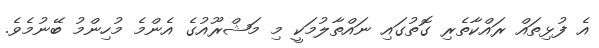
އެ ފުޅިތައް ރައްކާތެރި ގޮތުގައި ނައްތާލުމަކީ މި މަޝްރޫއުގެ އެންމެ މުހިންމު ބޭނުމެވެ.